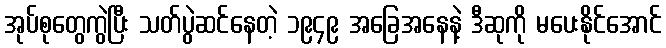
အုပ်စုတွေကွဲပြီး သတ်ပွဲဆင်နေတဲ့ ၁၉၄၉ အခြေအနေနဲ့ ဒီဆုကို မပေးနိုင်အောင်